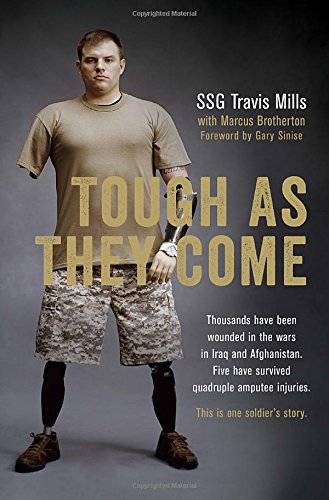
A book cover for Tough As They Come; Travis Mills; Biographies & Memoirs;